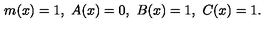
m ( x ) = 1 , \ A ( x ) = 0 , \ B ( x ) = 1 , \ C ( x ) = 1 .